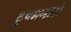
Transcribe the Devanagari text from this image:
टुपनगाटो